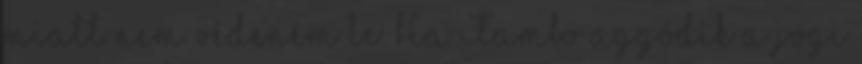
miatt nem védeném le. Ha Tambo aggódik a jogi